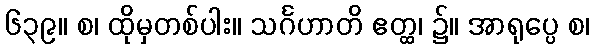
၆၃၉။ စ၊ ထိုမှတစ်ပါး။ သင်္ဂဟာတိ ဧတ္ထ၊ ၌။ အာရုပ္ပေ စ၊